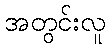
အတွင်းလူ